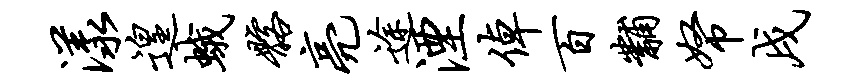
漾遑蛾髂亮途湮倬百黼帑戌